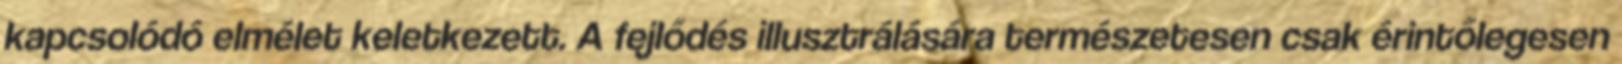
kapcsolódó elmélet keletkezett. A fejlődés illusztrálására természetesen csak érintőlegesen